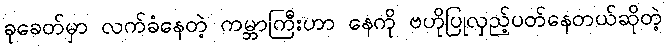
ခုခေတ်မှာ လက်ခံနေတဲ့ ကမ္ဘာကြီးဟာ နေကို ဗဟိုပြုလှည့်ပတ်နေတယ်ဆိုတဲ့